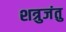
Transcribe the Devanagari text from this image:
शत्रुजंतु